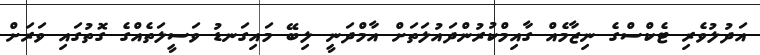
އަދުލުވެރި ޓެކްސްގެ ނިޒާމެއް ގާއިމްކުރުންދައުލަތަށް އާމްދަނީ ލިބޭ މައިގަނޑު ވަސީލަތެއްގެ ގޮތުގައި ވަރަށް